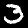
Label: 3